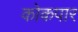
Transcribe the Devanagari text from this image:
कोकपार